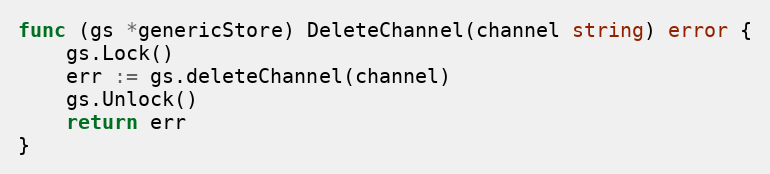
Language: Go
func (gs *genericStore) DeleteChannel(channel string) error {
	gs.Lock()
	err := gs.deleteChannel(channel)
	gs.Unlock()
	return err
}